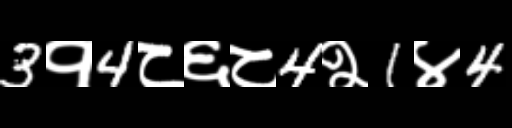
Text: 3१4८६८4२1४4